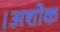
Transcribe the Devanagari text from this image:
।अशोक